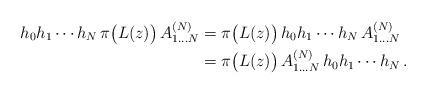
LaTeX: \begin{align*}h_0h_1\cdots h_N \,\pi\big(L(z)\big)\,A^{(N)}_{1\dots N}& = \pi\big(L(z)\big)\,h_0h_1\cdots h_N \,A^{(N)}_{1\dots N} \\& = \pi\big(L(z)\big) \,A^{(N)}_{1\dots N}\,h_0h_1\cdots h_N \,.\end{align*}